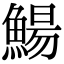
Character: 鰑